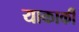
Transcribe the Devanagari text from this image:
याकार्की